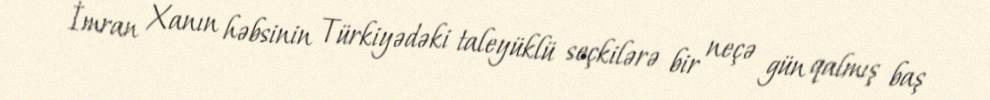
İmran Xanın həbsinin Türkiyədəki taleyüklü seçkilərə bir neçə gün qalmış baş